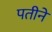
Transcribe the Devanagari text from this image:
पतीनें